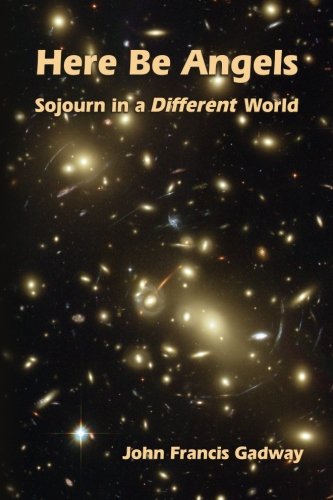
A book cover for Here Be Angels:: Sojourn in a Different World; John Francis Gadway; Science & Math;